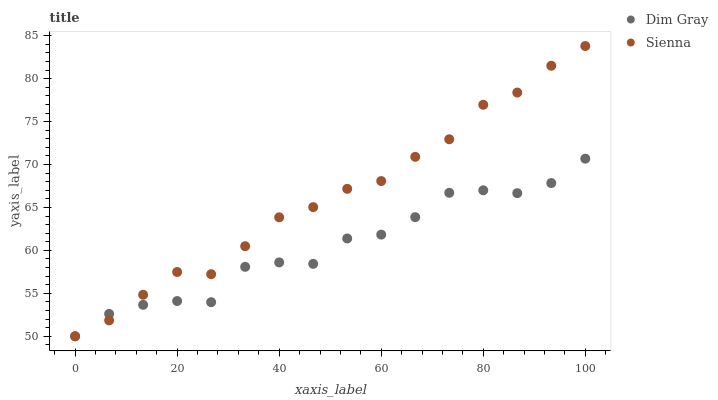
| xaxis_label | Dim Gray | Sienna |
 | --- | --- | --- |
 | 0 | 50 | 50 |
 | 6.67 | 52.6 | 51.9 |
 | 13.3 | 53.7 | 54.8 |
 | 20 | 54.1 | 57.5 |
 | 26.7 | 54 | 57.2 |
 | 33.3 | 58.1 | 60.5 |
 | 40 | 58.6 | 63.9 |
 | 46.7 | 58.4 | 65 |
 | 53.3 | 61.4 | 67.2 |
 | 60 | 61.8 | 68.1 |
 | 66.7 | 63.9 | 70.9 |
 | 73.3 | 66.7 | 72.9 |
 | 80 | 67 | 77 |
 | 86.7 | 66.7 | 78.4 |
 | 93.3 | 67.8 | 81.5 |
 | 100 | 70.7 | 83.8 |